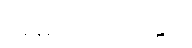
အဓိလေးပါးတွင်